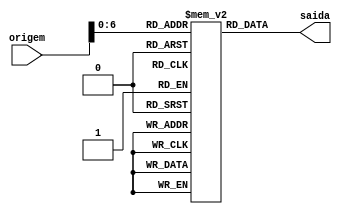
module memoriaInstrucao(origem,saida);
	input [7:0]origem;
	output [11:0] saida;
	reg [11:0]MEM[127:0];	initial
	begin//Instrues a serem executadas
		MEM[0] = 12'b111111111111;  //Vai pular esta instruo (sempre pula a primeira)
		MEM[1] = 12'b001010000000; //R2 = R0 + R1 (2)
		MEM[2] = 12'b000100010001; //R4 = R2 - R0 (1)
		MEM[3] = 12'b101100011000; //R4 = R3 + R5 (3)
		MEM[4] = 12'b100101100000; //R5 = R4 + R4 (6)
		// MEM[5] = 12'b111111111111;  //Vai pular esta instruo (sempre pula a primeira)
	end
	assign saida = MEM[origem];
endmodule

module PC(clk,reset,parada,pc);
  input clk,reset,parada;
  output reg [7:0]pc;
  initial
  begin
    pc <= 8'b00000000; //Valor incial de pc tem que ser zero
  end
  always @(posedge clk)
  begin
    if(reset) //Se reset for ativo, pc deve ser zerado novamente
	   pc <= 8'b00000000;
	 else if(!parada) //Se no estiver ocorrendo uma parada, pc deve ser acrescido em um
      pc <= pc + 1;
  end
endmodule

module FilaInstrucoes(clk,reset,inst,addFullControl); 
//Modulo de controle das instrucoes a serem despachadas
	parameter ADD = 3'b000;
	parameter SUB = 3'b001;
	
	input [2:0]addFullControl;
	input clk,reset;
	output [11:0]inst;
	wire [7:0]PC;
	reg parada;
	
	wire [2:0]I;
	assign I = inst[2:0];
	//Sempre que o clock se alterar
	always @(clk) begin 
		parada = 0;
		//Verificando se  uma soma ou subtrao
		if(addFullControl == 3 && (I == ADD || I == SUB))begin 
			parada = 1;
		end
	end
	PC pc(clk,reset,parada,PC);
	memoriaInstrucao memoriaInst(PC,inst);
endmodule